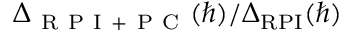
\Delta _ { \mathrm { ~ R ~ P ~ I ~ + ~ P ~ C ~ } } ( \hbar ) / \Delta _ { \mathrm { R P I } } ( \hbar )